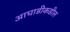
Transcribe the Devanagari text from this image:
आघाडीकडील